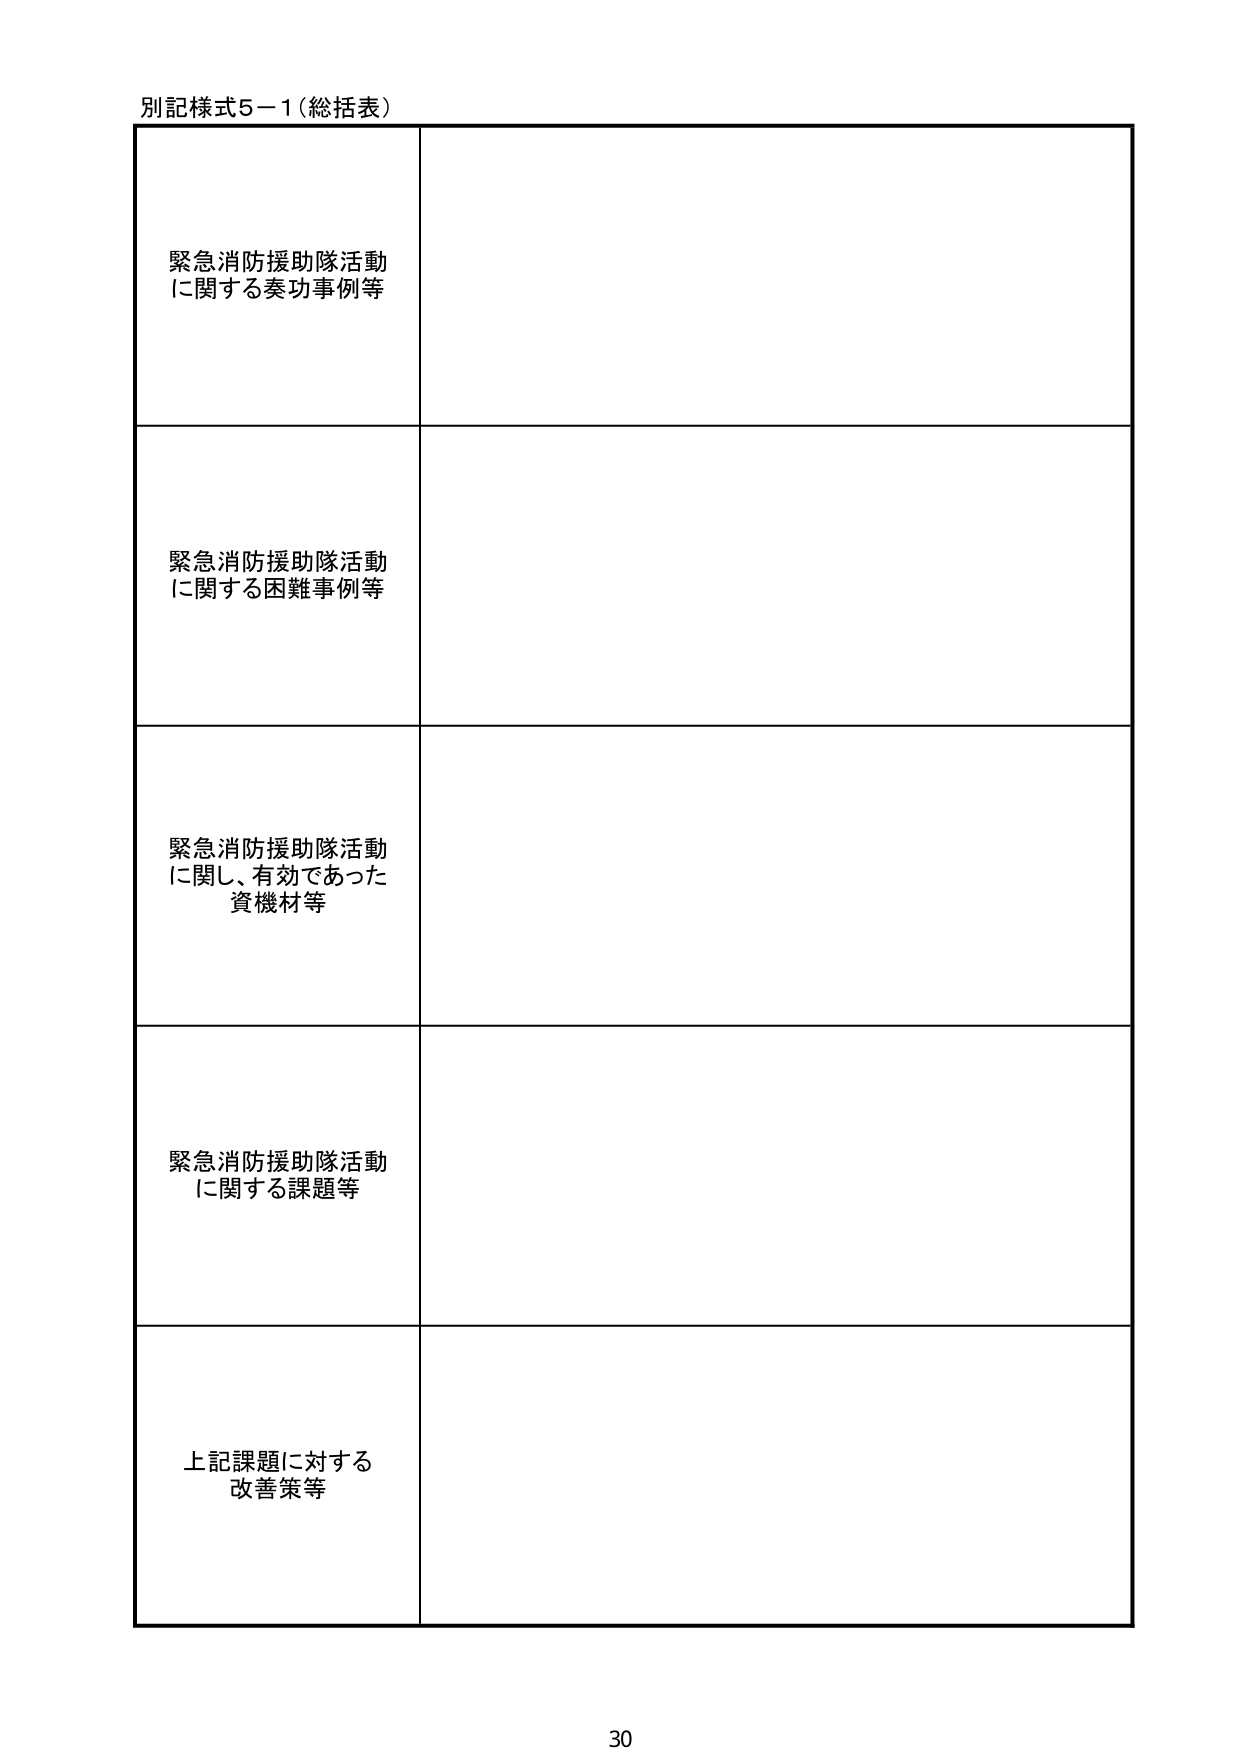
別記様式5－1（総括表）

緊急消防援助隊活動
に関する奏功事例等

緊急消防援助隊活動
に関する困難事例等

緊急消防援助隊活動
に関し、有効であった
資機材等

緊急消防援助隊活動
に関する課題等

上記課題に対する
改善策等

30